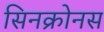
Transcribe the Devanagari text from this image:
सिनक्रोनस